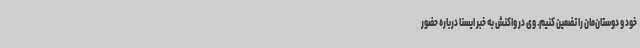
خود و دوستان‌مان را تضمین کنیم. وی در واکنش به خبر ایسنا درباره حضور